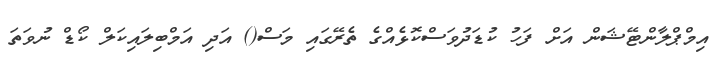
އިމްޕްލާންޓޭޝަން އަށް ފަހު ކުޑަދުވަސްކޮޅެއްގެ ތެރޭގައި މަސް() އަދި އަމްބިލައިކަލް ކޯޑް ނުވަތަ